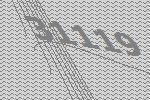
31119